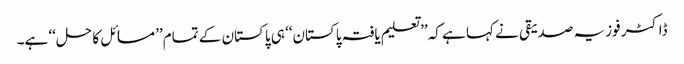
ڈاکٹر فوزیہ صدیقی نے کہا ہے کہ’’ تعلیم یافتہ پاکستان‘‘ ہی پاکستان کے تمام’’ مسائل کا حل‘‘ ہے۔